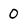
Character: 0